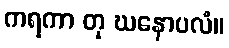
ကရကာ တု ဃနောပလံ။